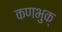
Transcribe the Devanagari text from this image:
कणभुक्